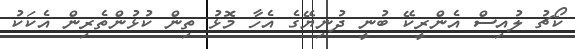
ކޯޗު ލުއިސް އެންރީކޭ ބުނީ ދުނިޔޭގެ އެހާ މޮޅު ތިން ކުޅުންތެރިން އެކަކު